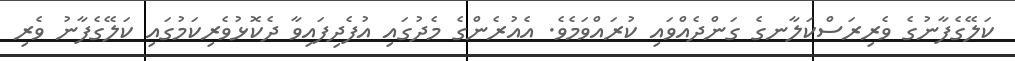
ކަލޭގެފާނުގެ ވެރިރަސްކަލާނގެ ގަންދެއްވައި ކުރައްވަމެވެ. އެއުރެންގެ މެދުގައި އުފެދިފައިވާ ދެކޮޅުވެރިކަމުގައި ކަލޭގެފާނު ވެރި